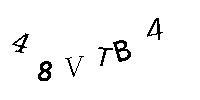
48VTB4